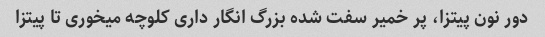
دور نون پیتزا، پر خمیر سفت شده بزرگ انگار داری کلوچه میخوری تا پیتزا